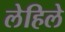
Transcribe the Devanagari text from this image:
लेहिले